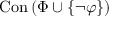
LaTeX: \operatorname { C o n } \left( \Phi \cup \{ \lnot \varphi \} \right)